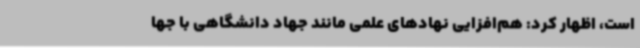
است، اظهار کرد: هم‌افزایی نهادهای علمی مانند جهاد دانشگاهی با جها